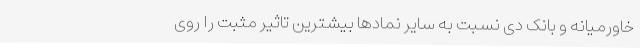
خاورمیانه و بانک دی نسبت به سایر نمادها بیشترین تاثیر مثبت را روی